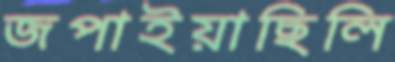
জপাইয়াছিলি